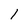
Character: 1